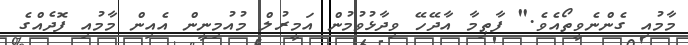
މާމުއި ގެންނެވީތޯއެވެ." ފާޠިމާ އާދޭހޭ ވިދާޅުވުމުން އަމީރުލް މުއުމިނީން އެއިން މާމުއި ފޮދެއްގެ